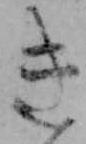
き